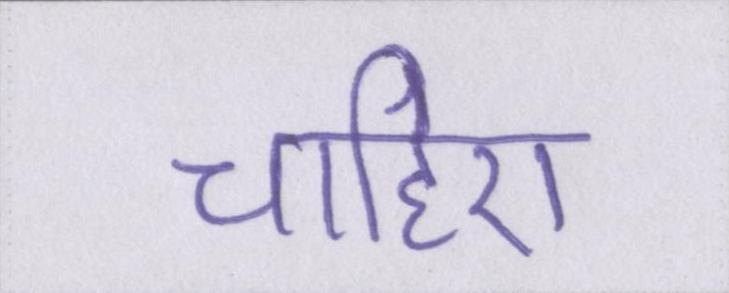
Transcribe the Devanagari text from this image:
चाहिए